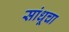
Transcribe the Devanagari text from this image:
सांधूचा